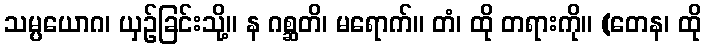
သမ္ပယောဂ၊ ယှဉ်ခြင်းသို့။ န ဂစ္ဆတိ၊ မရောက်။ တံ၊ ထို တရားကို။ (တေန၊ ထို